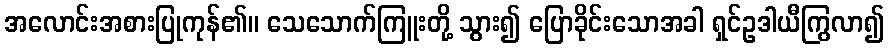
အလောင်းအစားပြုကုန်၏။ သေသောက်ကြူးတို့ သွား၍ ပြောခိုင်းသောအခါ ရှင်ဥဒါယီကြွလာ၍